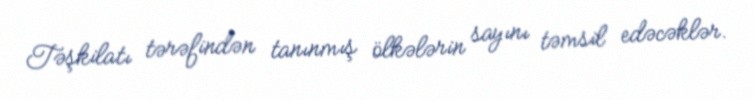
Təşkilatı tərəfindən tanınmış ölkələrin sayını təmsil edəcəklər.